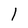
Character: 1